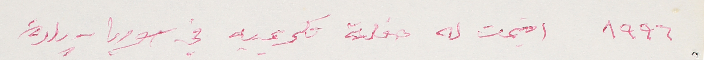
١٩٩٦ اقيمت له حفلة تكريمية في سوريا - بلدة